FBI September 2023 Sighting - Serial 3
Agency: FBI
Incident date: 9/1/23
Incident location: United States
Page 2
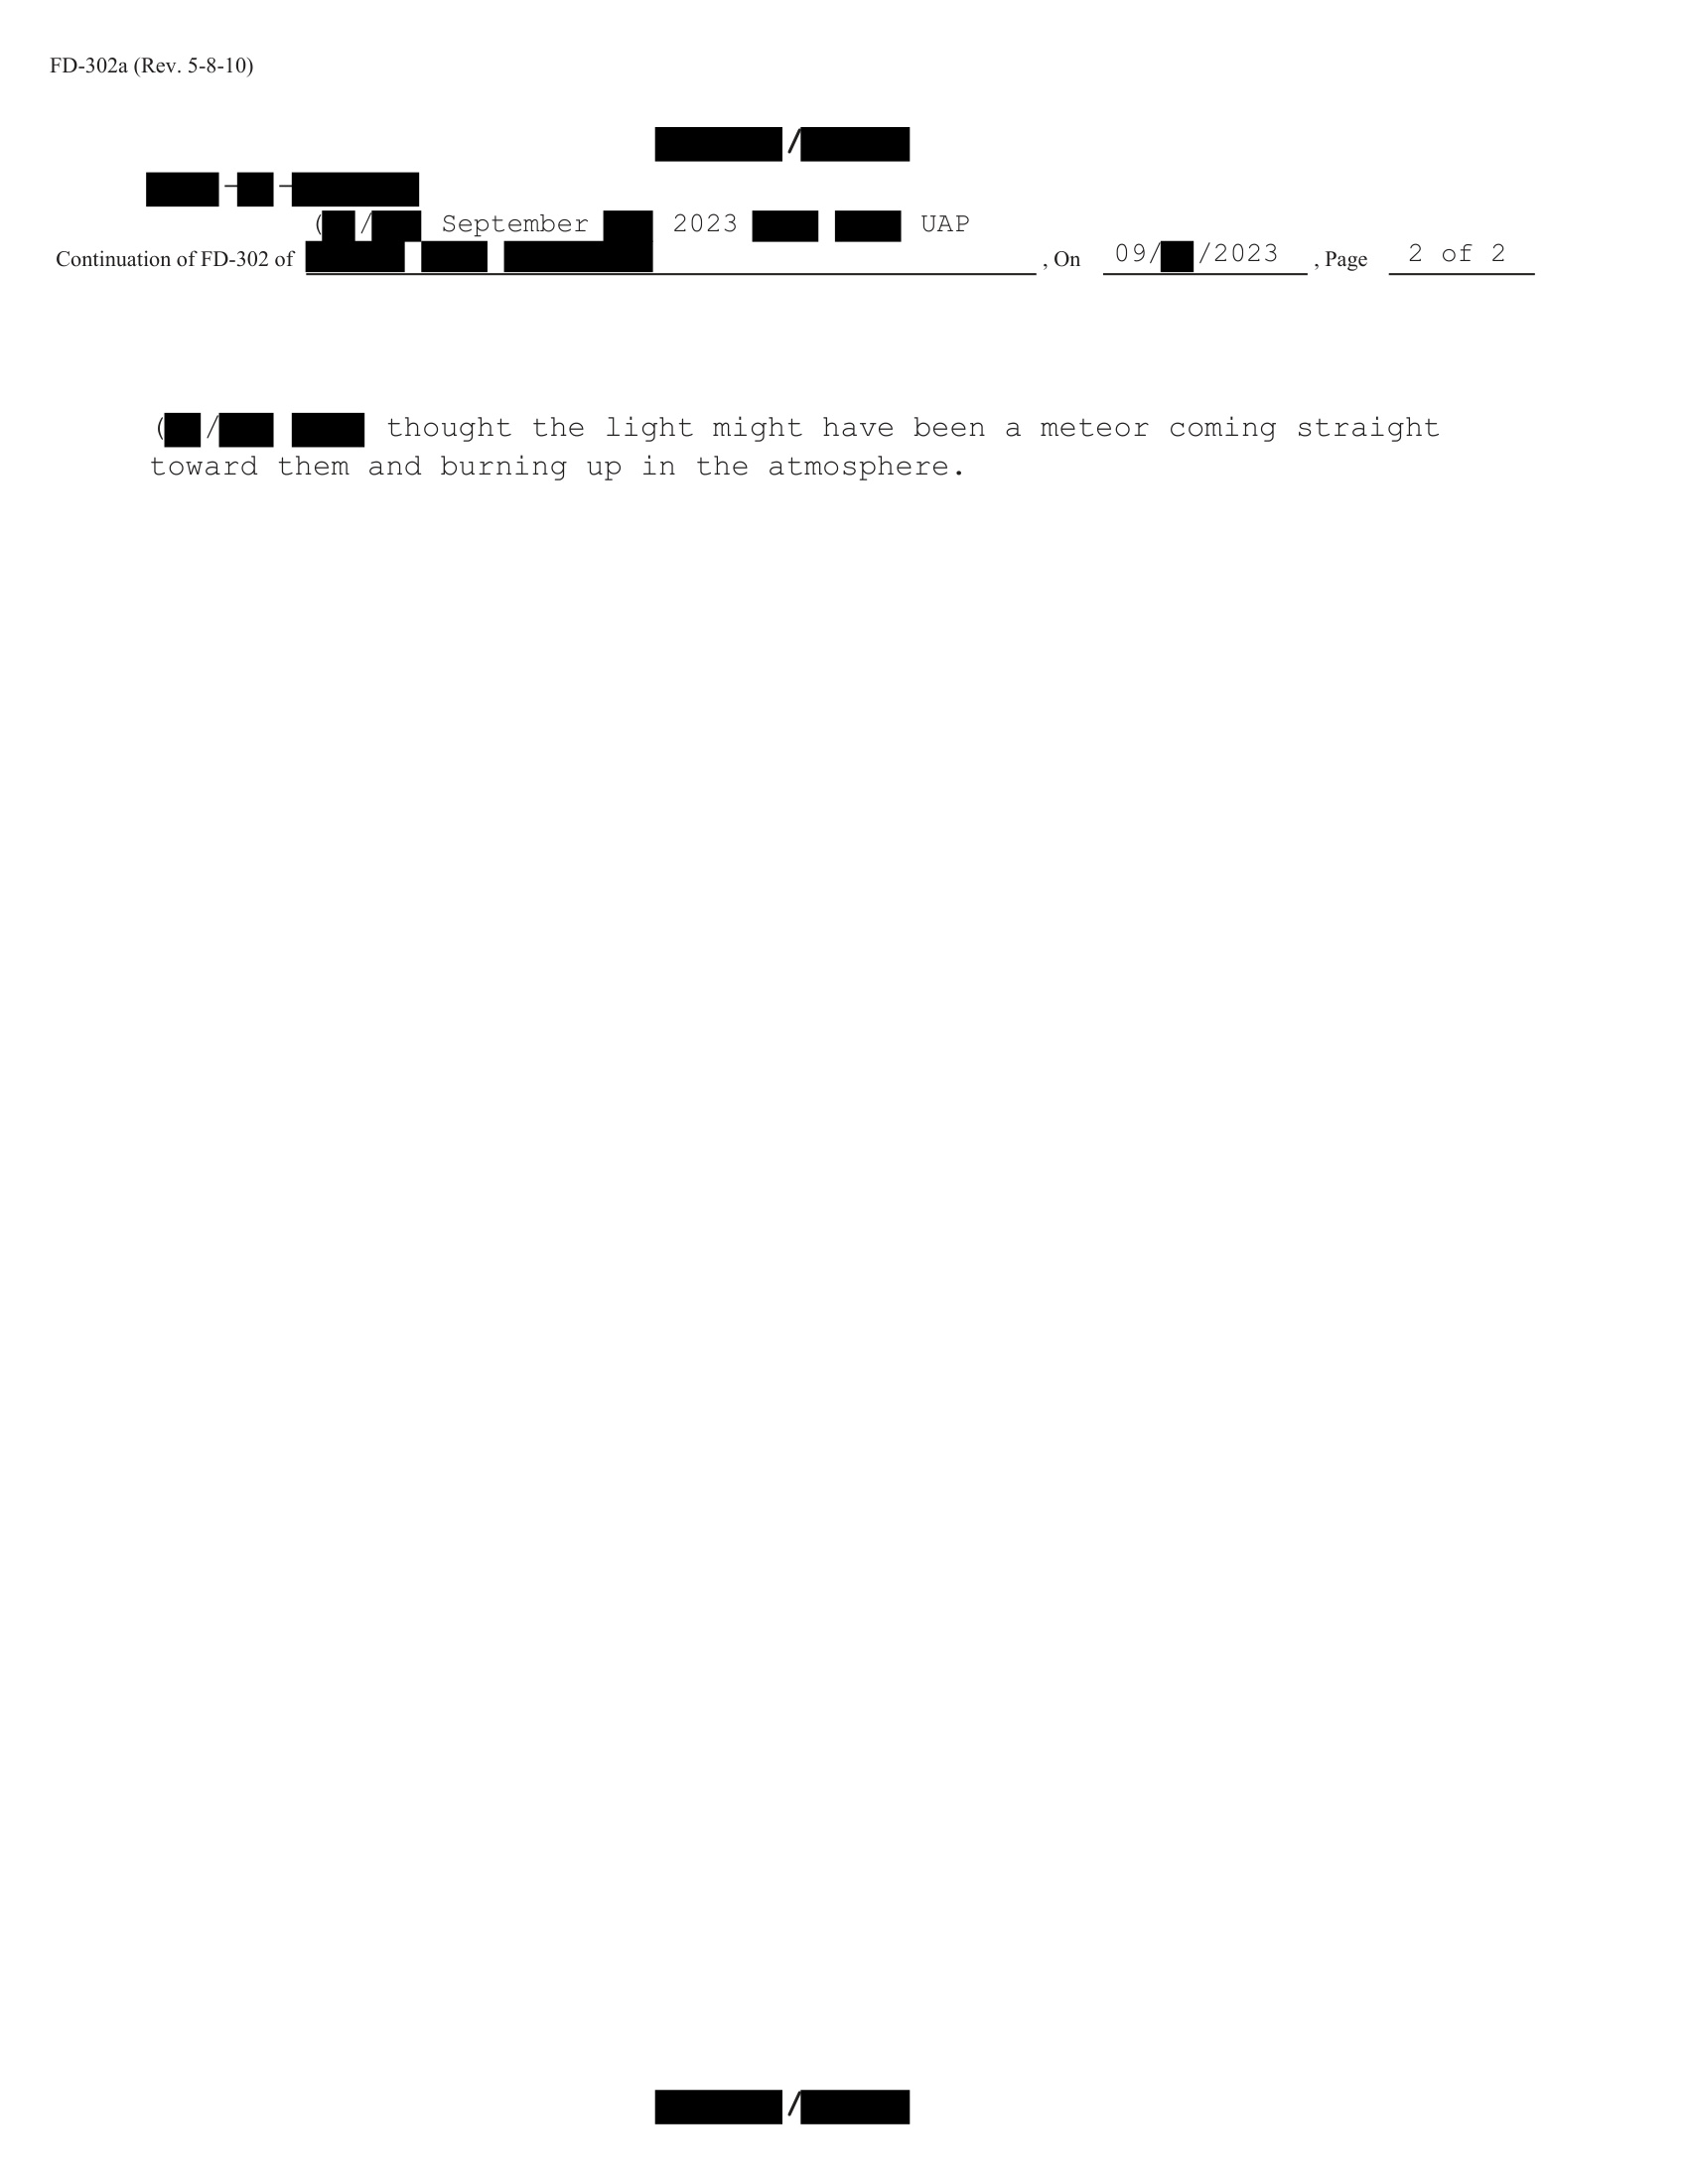